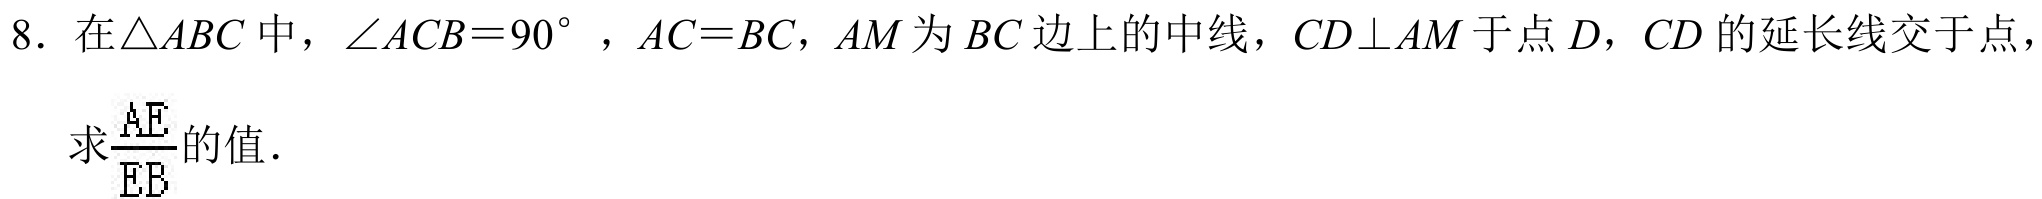
8. 在\(\triangle ABC\)中，\(\angle ACB = 90^{\circ}\)，\(AC = BC\)，\(AM\)为\(BC\)边上的中线，\(CD\perp AM\)于点\(D\)，\(CD\)的延长线交于点，求\(\frac{AE}{EB}\)的值．